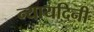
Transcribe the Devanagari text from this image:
न्यायदिनी